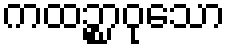
ကထဉ္စာဝုသော